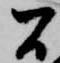
間